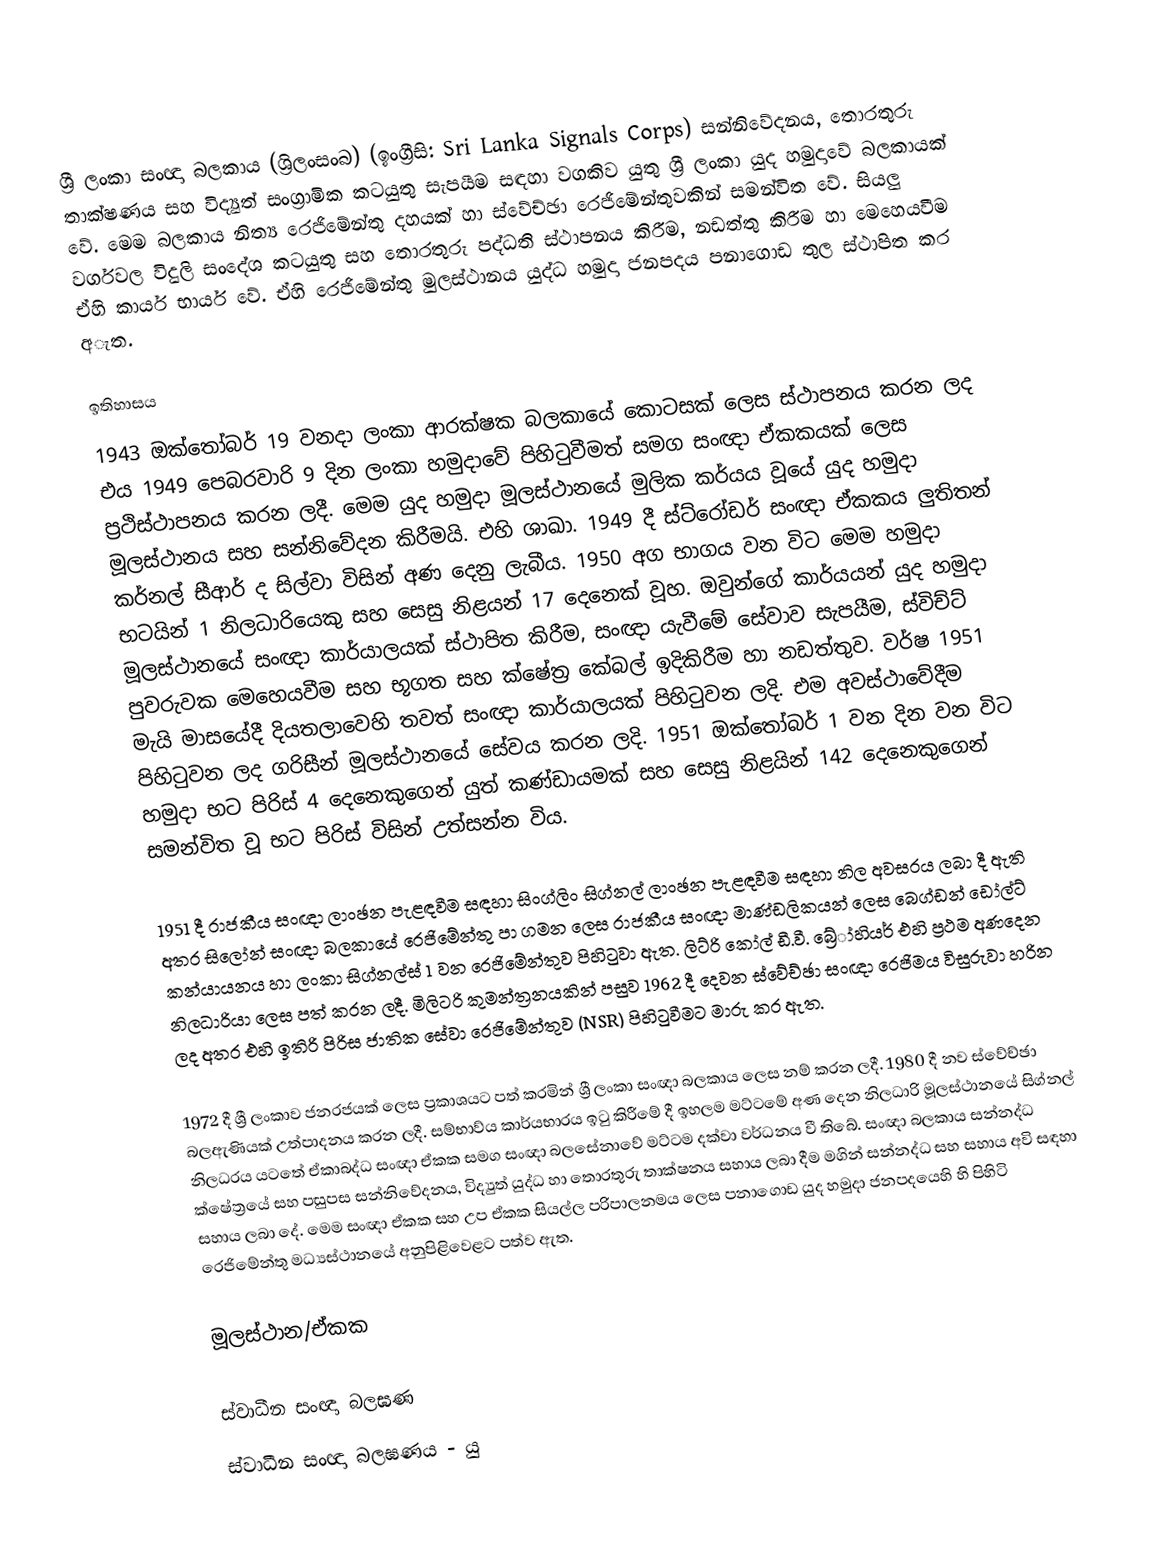
ශ්‍රී ලංකා සංඥා බලකාය (ශ්‍රිලංසංබ) (ඉංග්‍රීසි: Sri Lanka Signals Corps) සන්නිවේදනය, තොරතුරු තාක්ෂණය සහ විද්‍යුත් සංග්‍රාමික කටයුතු සැපයීම සඳහා වගකිව යුතු ශ්‍රී ලංකා යුද හමුදාවේ බලකායක් වේ. මෙම බලකාය නිත්‍ය රෙජිමේන්තු දහයක් හා ස්වේච්ඡා රෙජිමේන්තුවකින් සමන්විත වේ. සියලු වර්ගවල විදුලි සංදේශ කටයුතු සහ තොරතුරු පද්ධති ස්ථාපනය කිරීම, නඩත්තු කිරීම හා මෙහෙයවීම ඒහි කාර්ය භාර්ය වේ. ඒහි රෙජිමේන්තු මුලස්ථානය යුද්ධ හමුදා ජනපදය පනාගොඩ තුල ස්ථාපිත කර අැත.

ඉතිහාසය
1943 ඔක්තෝබර් 19 වනදා ලංකා ආරක්ෂක බලකායේ කොටසක් ලෙස ස්ථාපනය කරන ලද එය 1949 පෙබරවාරි 9 දින ලංකා හමුදාවේ පිහිටුවීමත් සමග සංඥා ඒකකයක් ලෙස ප්‍රථිස්ථාපනය කරන ලදී. මෙම යුද හමුදා මූලස්ථානයේ මුලික කර්යය වූයේ යුද හමුදා මූලස්ථානය සහ සන්නිවේදන කිරීමයි. එහි ශාඛා. 1949 දී ස්ට්රෝඩර් සංඥා ඒකකය ලුතිතන් කර්නල් සීආර් ද සිල්වා විසින් අණ දෙනු ලැබීය. 1950 අග භාගය වන විට මෙම හමුදා භටයින් 1 නිලධාරියෙකු සහ සෙසු නිළයන් 17 දෙනෙක් වූහ. ඔවුන්ගේ කාර්යයන් යුද හමුදා මූලස්ථානයේ සංඥා කාර්යාලයක් ස්ථාපිත කිරීම, සංඥා යැවීමේ සේවාව සැපයීම, ස්විච්ට් පුවරුවක මෙහෙයවීම සහ භූගත සහ ක්ෂේත්‍ර කේබල් ඉදිකිරීම හා නඩත්තුව. වර්ෂ 1951 මැයි මාසයේදී දියතලාවෙහි තවත් සංඥා කාර්යාලයක් පිහිටුවන ලදි. එම අවස්ථාවේදීම පිහිටුවන ලද ගරිසීන් මූලස්ථානයේ සේවය කරන ලදි. 1951 ඔක්තෝබර් 1 වන දින වන විට හමුදා භට පිරිස් 4 දෙනෙකුගෙන් යුත් කණ්ඩායමක් සහ සෙසු නිළයින් 142 දෙනෙකුගෙන් සමන්විත වූ භට පිරිස් විසින් උත්සන්න විය.

1951 දී රාජකීය සංඥා ලාංඡන පැළඳවීම සඳහා සිංග්ලිං සිග්නල් ලාංඡන පැළඳවීම සඳහා නිල අවසරය ලබා දී ඇති අතර සිලෝන් සංඥා බලකායේ රෙජිමේන්තු පා ගමන ලෙස රාජකීය සංඥා මාණ්ඩලිකයන් ලෙස බෙග්ඩන් ඩෝල්ට් කන්යායනය හා ලංකා සිග්නල්ස් 1 වන රෙජිමේන්තුව පිහිටුවා ඇත. ලිට්රි කෝල් ඩී.වී. බ්‍රේා්හියර් එහි ප්‍රථම අණදෙන නිලධාරියා ලෙස පත් කරන ලදී. මිලිටරි කුමන්ත්‍රනයකින් පසුව 1962 දී දෙවන ස්වේච්ඡා සංඥා රෙජිමය විසුරුවා හරින ලද අතර එහි ඉතිරි පිරිස ජාතික සේවා රෙජිමේන්තුව (NSR) පිහිටුවීමට මාරු කර ඇත.

1972 දී ශ්‍රී ලංකාව ජනරජයක් ලෙස ප්‍රකාශයට පත් කරමින් ශ්‍රී ලංකා සංඥා බලකාය ලෙස නම් කරන ලදී. 1980 දී නව ස්වේච්ඡා බලඇණියක් උත්පාදනය කරන ලදී. සම්භාව්ය කාර්යභාරය ඉටු කිරීමේ දී ඉහලම මට්ටමේ අණ දෙන නිලධාරි මූලස්ථානයේ සිග්නල් නිලධරය යටතේ ඒකාබද්ධ සංඥා ඒකක සමග සංඥා බලසේනාවේ මට්ටම දක්වා වර්ධනය වී තිබේ. සංඥා බලකාය සන්නද්ධ ක්ෂේත්‍රයේ සහ පසුපස සන්නිවේදනය, විද්‍යුත් යුද්ධ හා තොරතුරු තාක්ෂනය සහාය ලබා දීම මගින් සන්නද්ධ සහ සහාය අවි සඳහා සහාය ලබා දේ. මෙම සංඥා ඒකක සහ උප ඒකක සියල්ල පරිපාලනමය ලෙස පනාගොඩ යුද හමුදා ජනපදයෙහි හි පිහිටි රෙජිමේන්තු මධ්‍යස්ථානයේ අනුපිළිවෙළට පත්ව ඇත.

මූලස්ථාන/ඒකක

ස්වාධීන සංඥා බලඝණ
 ස්වාධීන සංඥා බලඝණය - යු